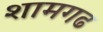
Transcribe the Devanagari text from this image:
शामगढ